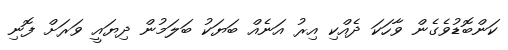
ކަންބޮޑުވެގެން ވާހަކަ ދެއްކި އިރު އަނެއް ބަޔަކު ބަލަމުން ދިޔައީ ވަރަށް ފޮނި